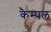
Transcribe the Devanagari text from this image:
कैम्पल